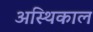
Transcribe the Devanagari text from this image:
अस्थिकाल